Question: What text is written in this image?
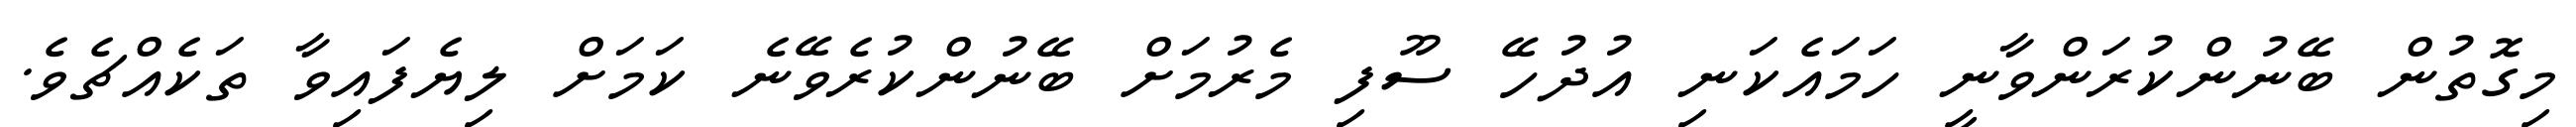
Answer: މިގޮތުން ބޭނުންކުރަންވާނީ ހަމައެކަނި އުދުހޭ ސޫފި މެރުމަށް ބޭނުންކުރެވޭނެ ކަމަށް ލިޔެފައިވާ ތަކެއްޗެވެ.